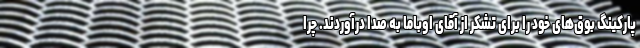
پارکینگ بوق‌های خود را برای تشکر از آقای اوباما به صدا درآوردند. چرا